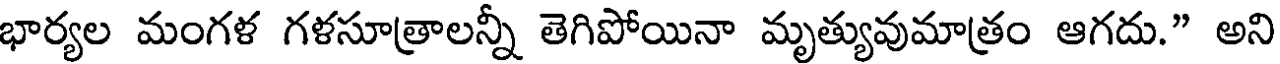
భార్యల మంగళ గళసూత్రాలన్నీ తెగిపోయినా మృత్యువుమాత్రం ఆగదు." అని